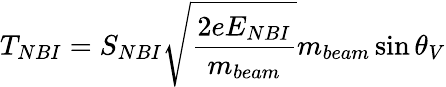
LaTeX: T_{NBI}=S_{NBI}\sqrt{\frac{2eE_{NBI}}{m_{beam}}}m_{beam}\sin{\theta_{V}}